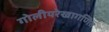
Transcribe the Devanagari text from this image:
गोलीयरेखागणित